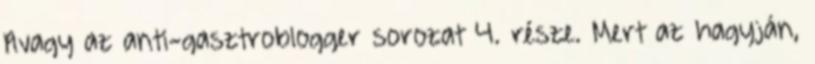
Avagy az anti-gasztroblogger sorozat 4. része. Mert az hagyján,